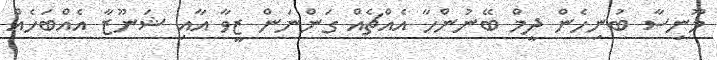
މޫނިސާ ބުނިހެން ދީމް ބޭނުންހާ އެއްޗެއް ގަންނަން ޒީވާ އާއި ޝަނޫޒާ އެއްބަހެއް